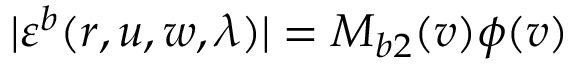
| \varepsilon ^ { b } ( r , u , w , \lambda ) | = M _ { b 2 } ( v ) \phi ( v )